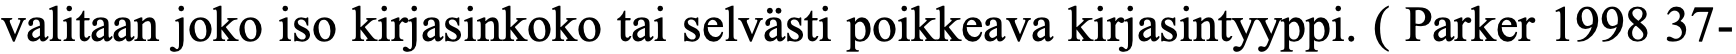
valitaan joko iso kirjasinkoko tai selvästi poikkeava kirjasintyyppi. ( Parker 1998 37-